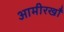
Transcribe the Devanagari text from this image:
आमीरखाँ